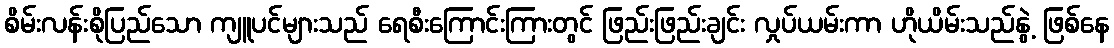
စိမ်းလန်းစိုပြည်သော ကျူပင်များသည် ရေစီးကြောင်းကြားတွင် ဖြည်းဖြည်းချင်း လှုပ်ယမ်းကာ ဟိုယိမ်းသည်နွဲ့ ဖြစ်နေ